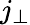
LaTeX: j_{\perp}